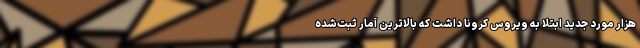
هزار مورد جدید ابتلا به ویروس کرونا داشت که بالاترین آمار ثبت‌شده